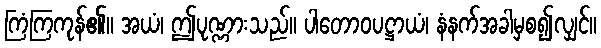
ကြံကြကုန်၏။ အယံ၊ ဤပုဏ္ဏားသည်။ ပါတောဝပဋ္ဌာယံ၊ နံနက်အခါမှစ၍လျှင်။